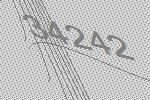
34242